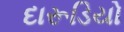
દારૂડિયો